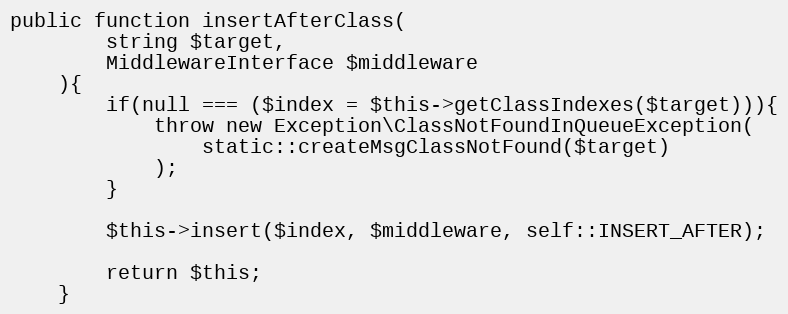
Language: PHP
public function insertAfterClass(
        string $target,
        MiddlewareInterface $middleware
    ){
        if(null === ($index = $this->getClassIndexes($target))){
            throw new Exception\ClassNotFoundInQueueException(
                static::createMsgClassNotFound($target)
            );
        }

        $this->insert($index, $middleware, self::INSERT_AFTER);

        return $this;
    }